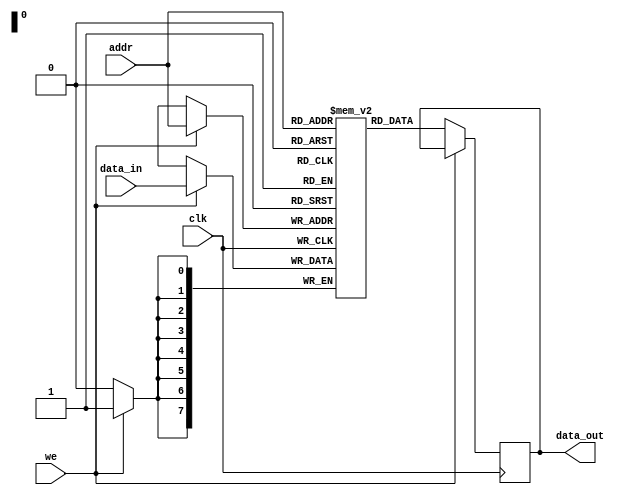
module parameterized_ram #(parameter DATA_WIDTH = 8,         // Data width
                           parameter ADDR_WIDTH = 8)        // Address width
(
    input                       clk,             // Clock signal
    input                       we,              // Write enable signal
    input   [ADDR_WIDTH-1:0]   addr,            // Address input
    input   [DATA_WIDTH-1:0]    data_in,        // Data input
    output reg [DATA_WIDTH-1:0] data_out         // Data output
);

    // Memory array declaration
    reg [DATA_WIDTH-1:0] ram [0:(2**ADDR_WIDTH)-1]; // RAM array

    // Asynchronous read operation
    always @(posedge clk) begin
        if (we) begin
            // Write Operation
            ram[addr] <= data_in; // Write data to the RAM at specified address
        end
    end

    // Synchronous read operation
    always @(posedge clk) begin
        if (!we) begin
            // Read Operation
            data_out <= ram[addr]; // Read data from the RAM at specified address
        end
    end

endmodule